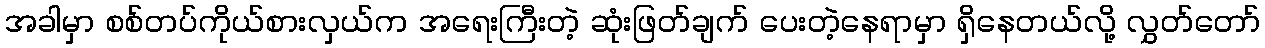
အခါမှာ စစ်တပ်ကိုယ်စားလှယ်က အရေးကြီးတဲ့ ဆုံးဖြတ်ချက် ပေးတဲ့နေရာမှာ ရှိနေတယ်လို့ လွှတ်တော်